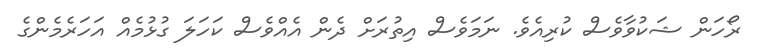
ރޯހަން ޝަކުވާވެސް ކުރިއެވެ. ނަމަވެސް އިތުރަށް ދެން އެއްވެސް ކަހަލަ ގުޅުމެއް އަހަރެމެންގެ